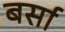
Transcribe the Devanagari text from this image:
बर्सा